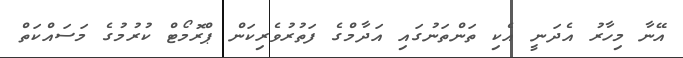
އޭނާ މިހާރު އެދަނީ އެކި ތަންތަނުގައި އަދާމްގެ ފަތުރުވެރިކަން ޕްރޮމޯޓް ކުރުމުގެ މަސައްކަތް